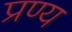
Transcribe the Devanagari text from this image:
प्रण्य